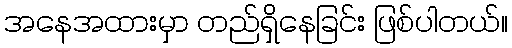
အနေအထားမှာ တည်ရှိနေခြင်း ဖြစ်ပါတယ်။